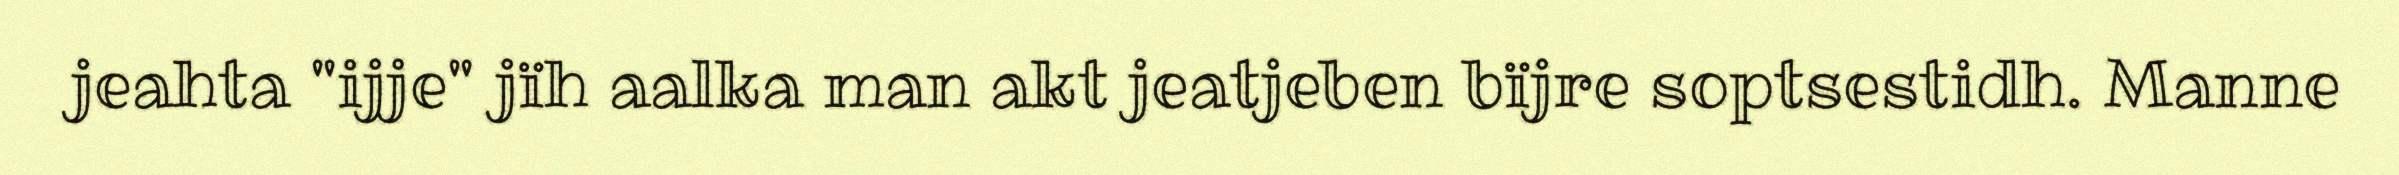
jeahta "ijje" jïh aalka man akt jeatjeben bïjre soptsestidh. Manne